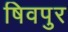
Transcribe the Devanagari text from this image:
षिवपुर